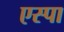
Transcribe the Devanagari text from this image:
एस्पा